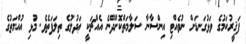
ފަޤީރުކަމުގެ ވަޅުގަނޑަށް ނުވެއްޓި އިންސާނާ ސަލާމަތްކޮށްދޭނެ އެއްޗަކީ ޢަދުލުގެ ތިލަފަތެވެ. މުޅި އުއްމަތުގެ